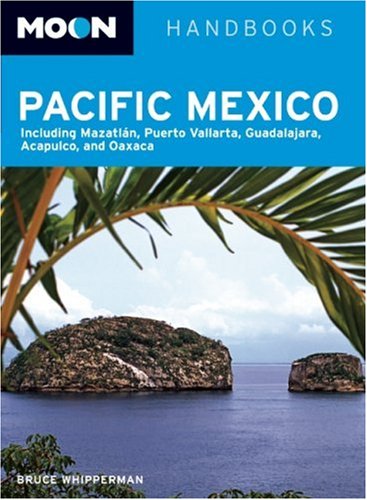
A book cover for Moon Pacific Mexico: Including Mazatlan, Puerto Vallarta, Guadalajara, Acapulco, and Oaxaca (Moon Handbooks); Bruce Whipperman; Travel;